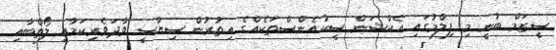
ސީޒަމް ބުނީ މި ފިލްމުގައި އެކްޝަން ސީކުއެންސްތަކެއްގެ އިތުރުން ސިޔާސީ ވާދަވެރިކަމާއި ލޯތްބާއި